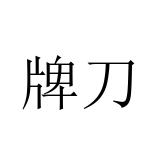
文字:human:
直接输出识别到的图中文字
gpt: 牌刀